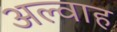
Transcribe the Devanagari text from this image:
अल्वाह